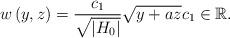
LaTeX: \begin{align*}w\left( y,z\right) =\frac{c_{1}}{\sqrt{\left\vert H_{0}\right\vert }}\sqrt{y+az}c_{1}\in \mathbb{R}. \end{align*}